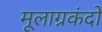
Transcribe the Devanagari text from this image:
मूलाग्रकंदों